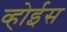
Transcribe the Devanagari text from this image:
व्होईस